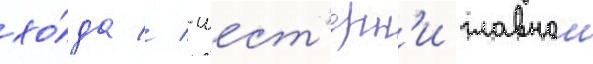
хо́да // -шест'ерн'и главнои